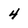
Character: 4